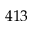
4 1 3